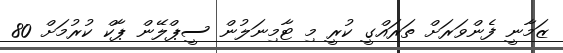
ޒަމާނީ ފެންވަރަށް ތަރައްގީ ކުރީ މި ޓާމިނަލުން ސީޕްލޭން ޕާކް ކުރުމަށް 80